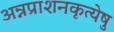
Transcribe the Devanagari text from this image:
अन्नप्राशनकृत्येषु